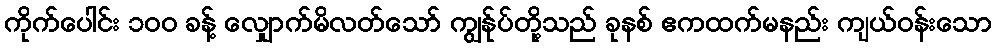
ကိုက်ပေါင်း ၁၀၀ ခန့် လျှောက်မိလတ်သော် ကျွန်ုပ်တို့သည် ခုနစ် ဧကထက်မနည်း ကျယ်ဝန်းသော